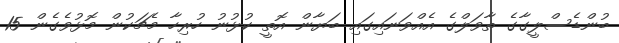
ބުންޑެސްލީގާގެ ތާވަލްގެ އެއްވަނައިގައި ބަޔާން އޮތީ ކުޅުނު ހުރިހާ މެޗަކުން މޮޅުވެގެން 15